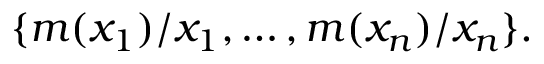
\{ m ( x _ { 1 } ) / x _ { 1 } , \dots , m ( x _ { n } ) / x _ { n } \} .